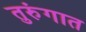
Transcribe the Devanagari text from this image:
तुरुंंगात